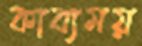
কাব্যময়